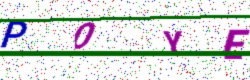
Text: P0YE